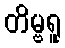
တိမ္ဗရူ